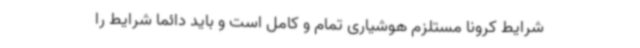
شرایط کرونا مستلزم هوشیاری تمام و کامل است و باید دائماً شرایط را